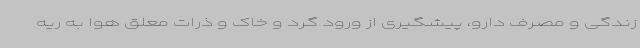
زندگی و مصرف دارو، پیشگیری از ورود گرد و خاک و ذرات معلق هوا به ریه